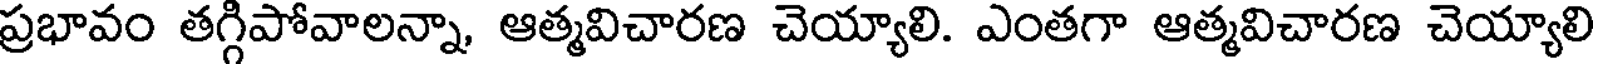
ప్రభావం తగ్గిపోవాలన్నా, ఆత్మవిచారణ చెయ్యాలి. ఎంతగా ఆత్మవిచారణ చెయ్యాలి